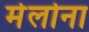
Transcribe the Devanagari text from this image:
मेलोना